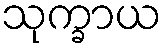
သုက္ခာယ